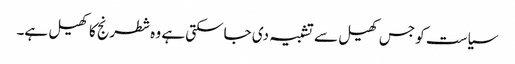
سیاست کو جس کھیل سے تشبیہ دی جاسکتی ہے وہ شطرنج کا کھیل ہے۔